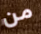
من